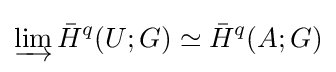
\varinjlim {\bar {H}}^{q}(U;G)\simeq {\bar {H}}^{q}(A;G)